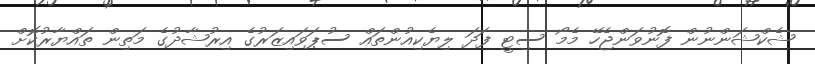
ޝެކްޝަންނުން ފޮނުވަންޖެހޭ މެމޯ ސިޓީ ފަދަ ލިޔެކިއުންތައް ސުޕަވައިޒަރުގެ އިރުޝާދުގެ މަތިން ތައްޔާރުކޮށް